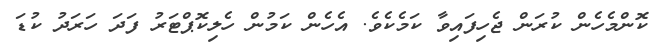
ކޮންމެހެން ކުރަން ޖެހިފައިވާ ކަމެކެވެ. އެހެން ކަމުން ހެލިކޮޕްޓަރު ފަދަ ހަރަދު ކުޑަ